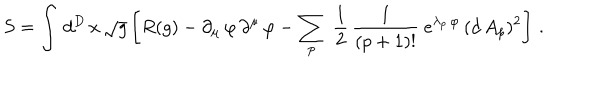
S = \int \, d ^ { D } \, x \, \sqrt { g } \left[ R ( g ) - \partial _ { \mu } \, \varphi \, \partial ^ { \mu } \, \varphi - \sum _ { p } \ \frac { 1 } { 2 } \, \frac { 1 } { ( p + 1 ) ! } \ e ^ { \lambda _ { p } \, \varphi } \, ( d \, A _ { p } ) ^ { 2 } \right] \, .